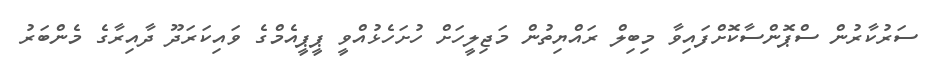
ސަރުކާރުން ސްޕޮންސާކޮށްފައިވާ މިބިލް ރައްޔިތުން މަޖިލީހަށް ހުށަހެޅުއްވީ ޕީޕީއެމްގެ ވައިކަރަދޫ ދާއިރާގެ މެންބަރު